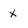
Character: x